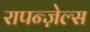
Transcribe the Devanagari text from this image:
रापन्ज़ेल्स